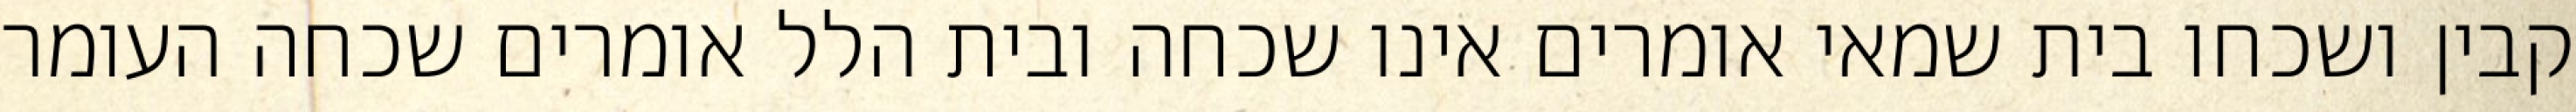
קבין ושכחו בית שמאי אומרים אינו שכחה ובית הלל אומרים שכחה העומר